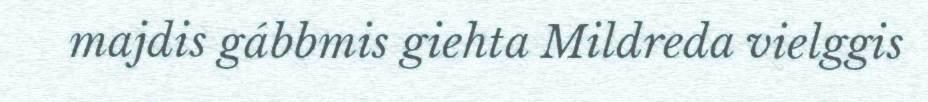
majdis gábbmis giehta Mildreda vielggis